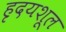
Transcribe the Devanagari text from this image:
हृदयशूल